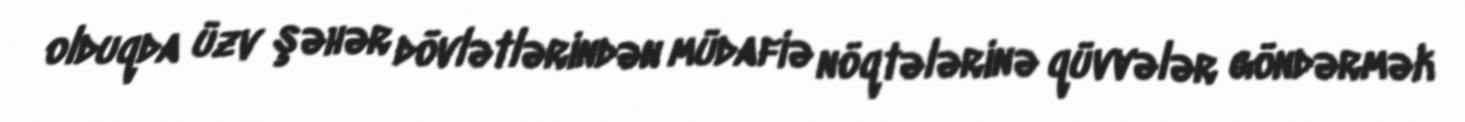
olduqda üzv şəhər dövlətlərindən müdafiə nöqtələrinə qüvvələr göndərmək